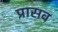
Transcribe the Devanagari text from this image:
प्रासव